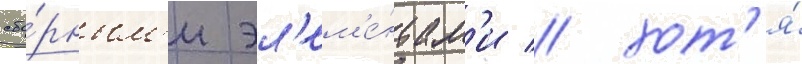
сбо́рным'и эл'ем'е́нтам'и / хот'я́